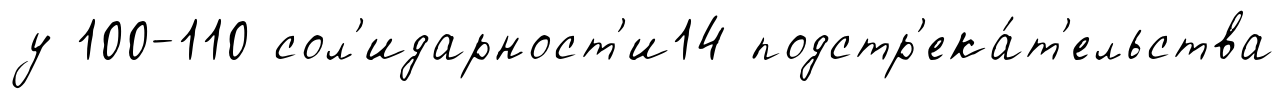
у 100-110 сол'идарност'и14 подстр'ека́т'ельства